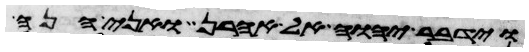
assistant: וידבר יהוה אל אהרן ואני הנה